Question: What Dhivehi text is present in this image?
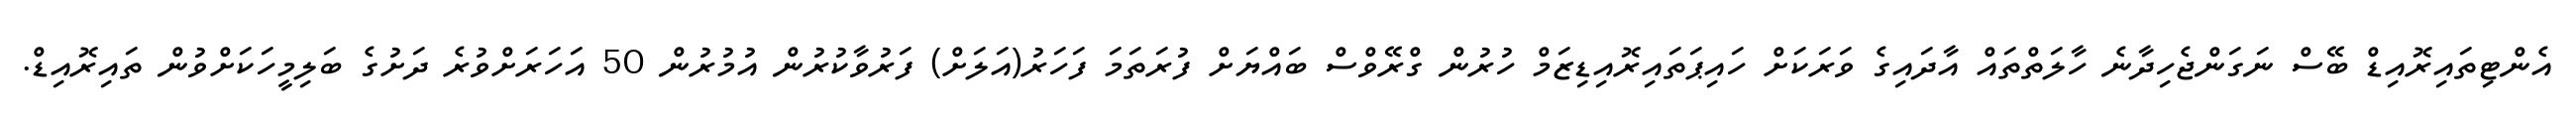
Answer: އެންޓިތައިރޮއިޑް ބޭސް ނަގަންޖެހިދާނެ ހާލަތްތައް އާދައިގެ ވަރަކަށް ހައިޕަތައިރޮއިޑިޒަމް ހުރުން ގްރޭވްސް ބައްޔަށް ފުރަތަމަ ފަހަރު(އަލަށް) ފަރުވާކުރުން އުމުރުން 50 އަހަރަށްވުރެ ދަށުގެ ބަލިމީހަކަށްވުން ތައިރޮއިޑް.